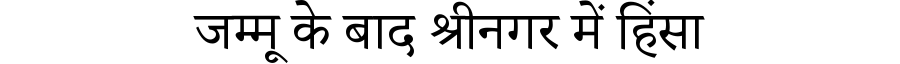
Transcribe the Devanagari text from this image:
जम्मू के बाद श्रीनगर में हिंसा